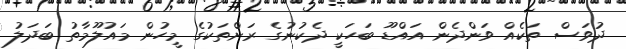
ދުވަސް ތަކެއް ވަންދެން އައްޑޫ ބަހަކީ ދެކުނުގެ ރަށްތަކުގެ މީހުން މައުލޫމާތު ބަދަލު